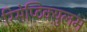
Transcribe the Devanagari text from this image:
रिसेप्टिक्युलम